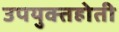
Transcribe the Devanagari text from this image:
उपयुक्तहोती